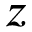
z